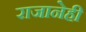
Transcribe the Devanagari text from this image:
राजानेही